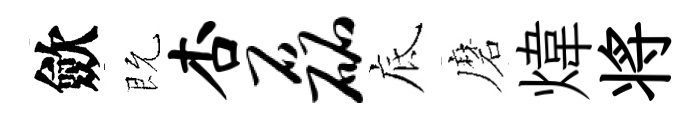
歛既杏磊底磨煒将